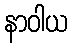
နာဝါယ